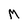
Character: M